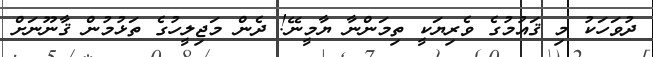
ދުވަހަކު މި ޤައުމުގެ ވެރިޔަކީ ތިމަންނާ ޔާމީނޭ! ދެން މަޖިލީހުގެ ތަޅުމުން ޤާނޫނަށް